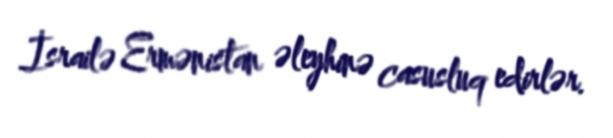
İsrailə Ermənistan əleyhinə casusluq edirlər.